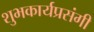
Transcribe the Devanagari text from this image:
शुभकार्यप्रसंगी